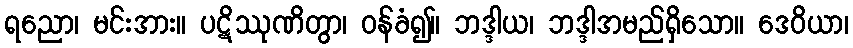
ရညော၊ မင်းအား။ ပဋိဿုဏိတွာ၊ ဝန်ခံ၍။ ဘဒ္ဒါယ၊ ဘဒ္ဒါအမည်ရှိသော။ ဒေဝိယာ၊